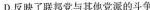
D.反映了联邦党与其